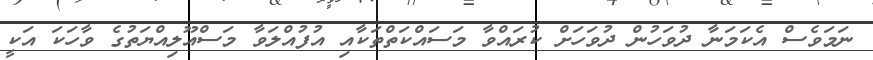
ނަމަވެސް އެކަމަނާ ދުވަހުން ދުވަހަށް ކުރައްވާ މަސައްކަތްތަކާއި އުފުއްލަވާ މަސްއޫލިއްޔަތުގެ ވާހަކަ އަކީ